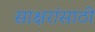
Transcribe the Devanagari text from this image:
साक्षरांसाठी